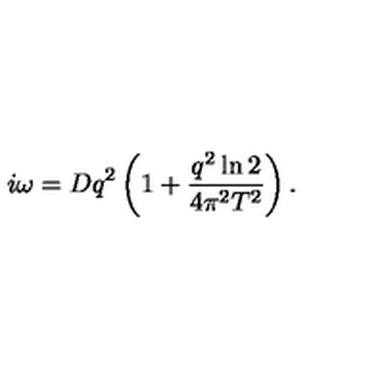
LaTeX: i \omega = D q ^ { 2 } \left( 1 + { \frac { q ^ { 2 } \ln { 2 } } { 4 \pi ^ { 2 } T ^ { 2 } } } \right) .